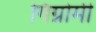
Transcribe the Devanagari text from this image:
गिग्नोमी